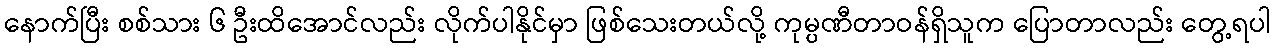
နောက်ပြီး စစ်သား ၆ ဦးထိအောင်လည်း လိုက်ပါနိုင်မှာ ဖြစ်သေးတယ်လို့ ကုမ္ပဏီတာဝန်ရှိသူက ပြောတာလည်း တွေ့ရပါ